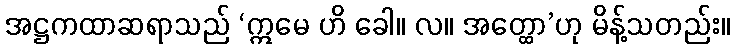
အဋ္ဌကထာဆရာသည် ‘ဣမေ ဟိ ခေါ။ လ။ အတ္ထော’ဟု မိန့်သတည်း။